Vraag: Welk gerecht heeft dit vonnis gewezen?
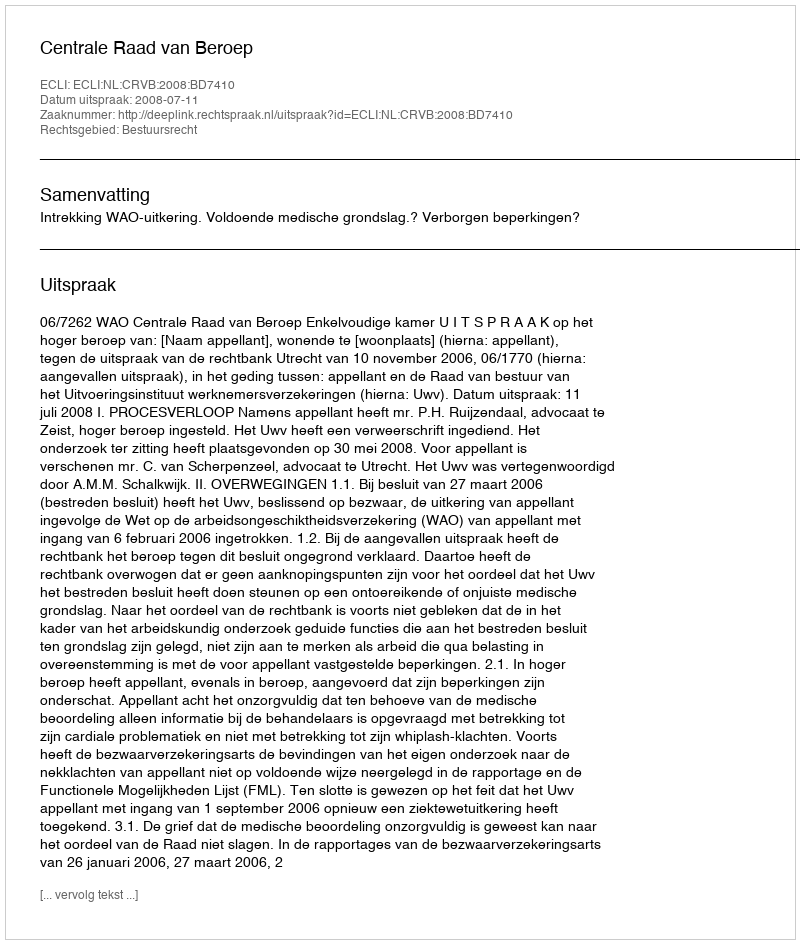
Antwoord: Centrale Raad van Beroep